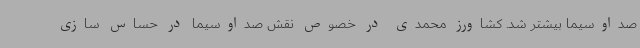
صداوسیما بیشتر شد. کشاورز محمدی در خصوص نقش صداوسیما در حساس سازی